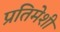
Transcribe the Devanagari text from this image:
प्रतिमेशी